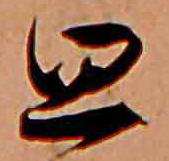
思